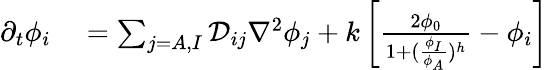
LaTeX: \begin{array}{rl}{\partial_{t}\phi_{i}}&{{}=\sum_{j=A,I}\mathcal D_{ij}\nabla^{2}\phi_{j}+k\left[\frac{2\phi_{0}}{1+(\frac{\phi_{I}}{\phi_{A}})^{h}}-\phi_{i}\right]}\end{array}